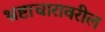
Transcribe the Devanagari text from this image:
भ्रष्टाचारावरील